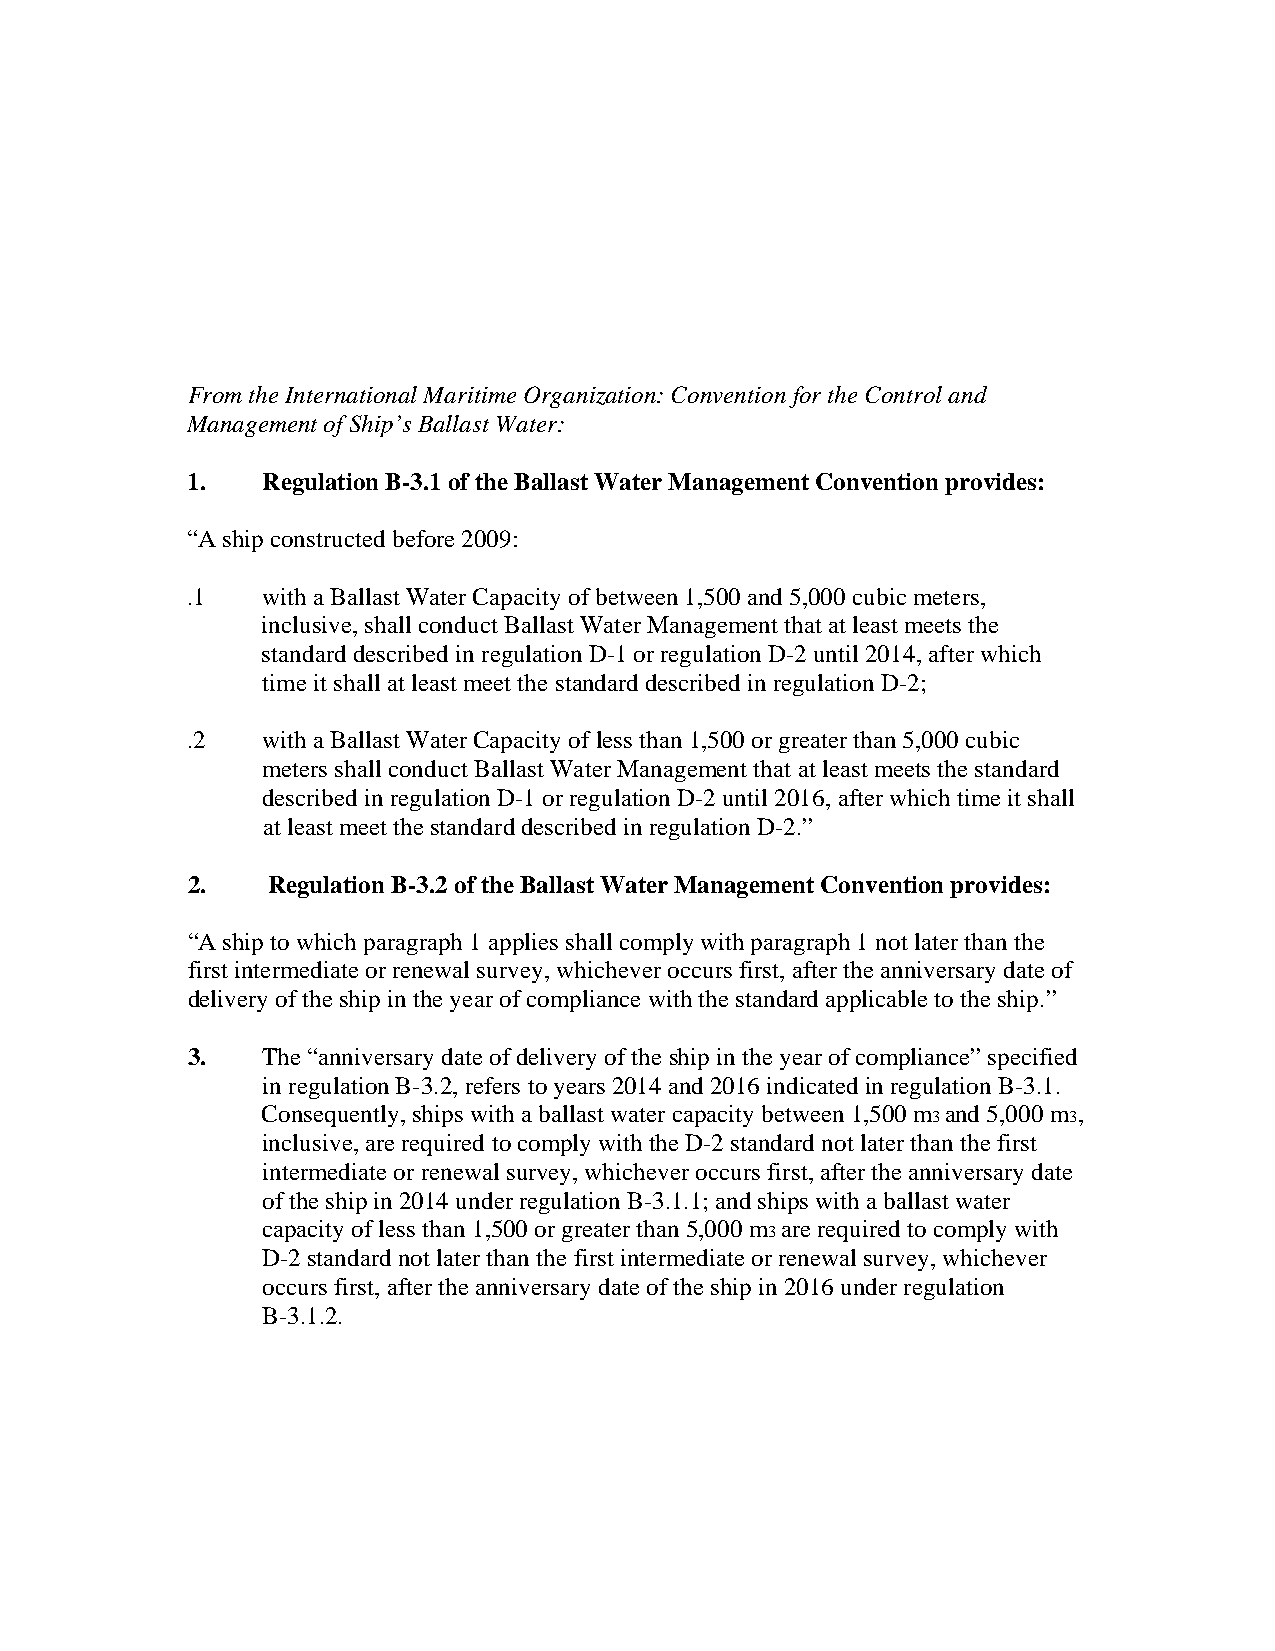
From the International Maritime Organization: Convention for the Control and
 Management of Ship’s Ballast Water:
 1.   Regulation B-3.1 of the Ballast Water Management Convention provides:
 “A ship constructed before 2009:
 .1   with a Ballast Water Capacity of between 1,500 and 5,000 cubic meters,
 inclusive, shall conduct Ballast Water Management that at least meets the
 standard described in regulation D-1 or regulation D-2 until 2014, after which
 time it shall at least meet the standard described in regulation D-2;
 .2   with a Ballast Water Capacity of less than 1,500 or greater than 5,000 cubic
 meters shall conduct Ballast Water Management that at least meets the standard
 described in regulation D-1 or regulation D-2 until 2016, after which time it shall
 at least meet the standard described in regulation D-2.”
 2.    Regulation B-3.2 of the Ballast Water Management Convention provides:
 “A ship to which paragraph 1 applies shall comply with paragraph 1 not later than the
 first intermediate or renewal survey, whichever occurs first, after the anniversary date of
 delivery of the ship in the year of compliance with the standard applicable to the ship.”
 3.   The “anniversary date of delivery of the ship in the year of compliance” specified
 in regulation B-3.2, refers to years 2014 and 2016 indicated in regulation B-3.1.
 Consequently, ships with a ballast water capacity between 1,500 m and 5,000 m ,
 3        3
 inclusive, are required to comply with the D-2 standard not later than the first
 intermediate or renewal survey, whichever occurs first, after the anniversary date
 of the ship in 2014 under regulation B-3.1.1; and ships with a ballast water
 capacity of less than 1,500 or greater than 5,000 m are required to comply with
 3
 D-2 standard not later than the first intermediate or renewal survey, whichever
 occurs first, after the anniversary date of the ship in 2016 under regulation
 B-3.1.2.